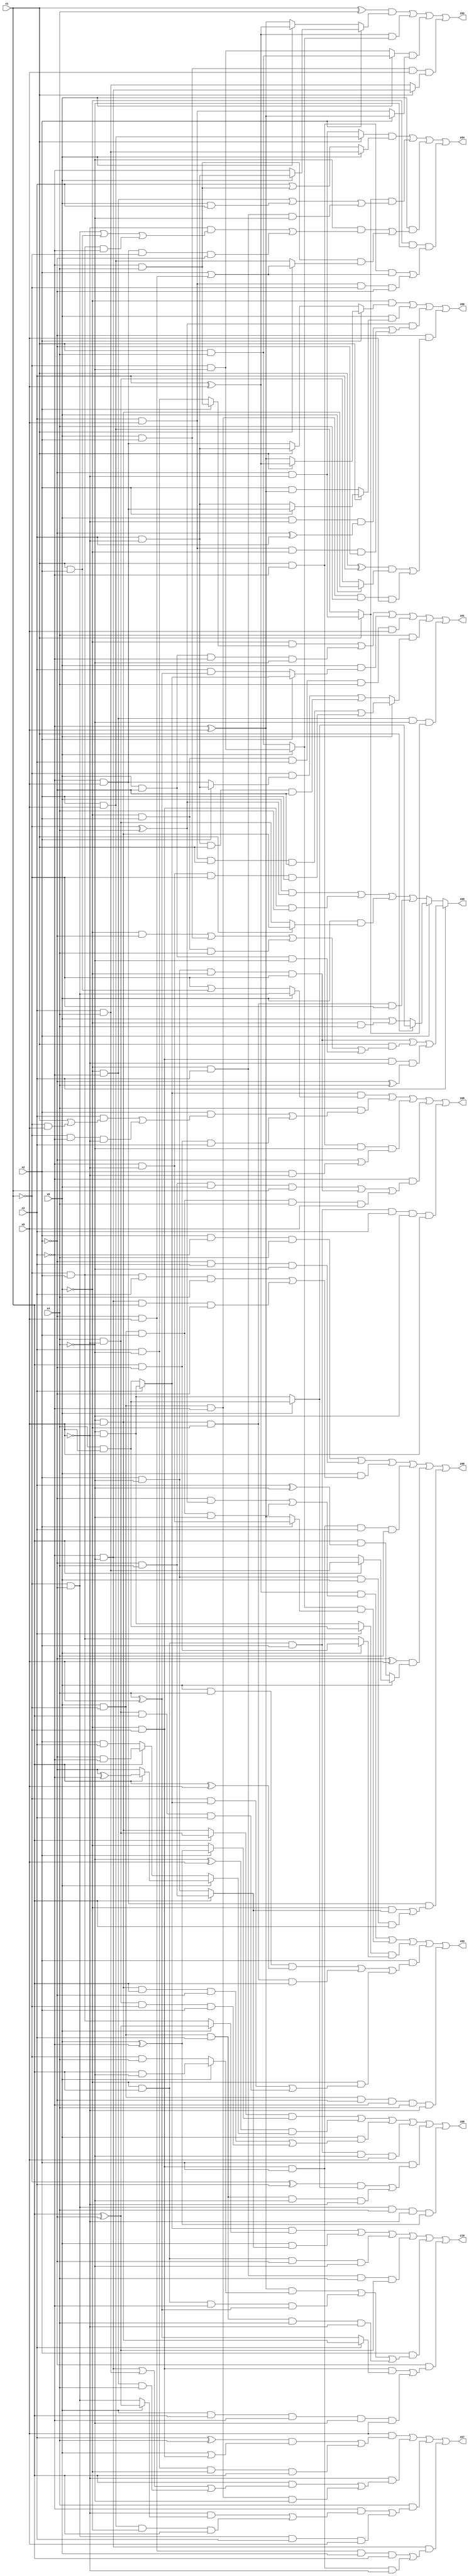
// Benchmark "X_46" written by ABC on Mon Jun 05 01:35:03 2023

module X_46 ( 
    x0, x1, x2, x3, x4, x5,
    z00, z01, z02, z03, z04, z05, z06, z07, z08, z09, z10  );
  input  x0, x1, x2, x3, x4, x5;
  output z00, z01, z02, z03, z04, z05, z06, z07, z08, z09, z10;
  assign z00 = (~x0 & (x2 ? (x1 ? (x3 ^ x5) : (~x3 ^ x5)) : (x1 ? (x3 & ~x5) : (~x3 & x5)))) | (x0 & (x1 ? (x2 ? (~x3 & x5) : (x3 & ~x5)) : (x2 & (~x3 ^ x5)))) | ((~x1 ^ x4) & ((x0 & ~x5 & (~x2 ^ x3)) | (x3 & x5 & ~x0 & ~x2))) | (~x2 & (((x1 ^ x3) & (x0 ? (~x4 & x5) : (x4 & ~x5))) | (x0 & ~x1 & ~x3 & x4 & x5)));
  assign z01 = (~x0 & (x2 ? (~x3 & x4) : (x3 & ~x4))) | (x0 & ~x2 & ~x3 & ~x4) | (x0 & (x2 ? (x3 ? (~x4 & ~x5) : (x4 & x5)) : (x3 & (x4 ^ x5)))) | (~x0 & x2 & x3 & x4 & x5) | (x4 & (x0 ? ((x3 & x5 & x1 & ~x2) | (~x3 & ~x5 & ~x1 & x2)) : ((~x1 & (x2 ? (x3 & ~x5) : (~x3 & x5))) | (x3 & ~x5 & x1 & ~x2)))) | (~x0 & ~x3 & ~x4 & (x1 ? (~x2 & ~x5) : (x2 & x5)));
  assign z02 = ((x1 ^ x4) & (x2 ? (x0 ? (x3 & ~x5) : ~x3) : (x0 ? (x3 ^ x5) : (~x3 ^ x5)))) | ((x3 ^ x5) & (x0 ? (~x1 & ~x4) : (x1 & x4))) | ((x0 ? (x1 & x4) : (~x1 & ~x4)) & (x2 ? (~x3 ^ x5) : (x3 & x5))) | (x0 & x2 & x5 & (x1 ? (~x3 & ~x4) : (x3 & x4)));
  assign z03 = ((x3 ^ x5) & ((~x2 & (~x1 ^ x4)) | (x0 & ~x1 & x2 & ~x4))) | ((x0 ? (~x1 & ~x4) : (x1 & x4)) & (x2 ? (~x3 & ~x5) : (~x3 ^ x5))) | ((x3 ? (x4 & x5) : (~x4 & ~x5)) & (x0 ? (x1 & ~x2) : (~x1 & x2))) | (x2 & ((x0 & x4 & (x1 ^ x5)) | (~x4 & x5 & ~x0 & x1) | (~x0 & ((~x1 & (x3 ? (~x4 & ~x5) : (x4 & x5))) | (x4 & ~x5 & x1 & x3))))) | (x0 & ~x1 & ~x2 & ~x3 & x4 & ~x5);
  assign z04 = ((x1 ? (x2 & x5) : (~x2 & ~x5)) & (x0 ? (x3 & x4) : (x3 | (~x3 & x4)))) | ((x1 ? (~x2 & ~x5) : (x2 & x5)) & ((~x0 & ~x3) | (x0 & x3) | (~x0 & x3 & ~x4))) | (x0 & ((~x4 & ((~x5 & ((~x1 & ~x2) | (x1 & x2) | (~x1 & x2 & ~x3))) | (~x3 & x5 & ~x1 & ~x2))) | (~x3 & x4 & (x1 ? (x2 | (~x2 & x5)) : (x2 & x5))))) | (~x0 & ~x4 & ((x1 & ~x3 & (x2 | (~x2 & x5))) | (x3 & x5 & ~x1 & ~x2)));
  assign z05 = ((x1 ? (x4 & ~x5) : (~x4 & x5)) & (x2 ? (x0 ^ ~x3) : ~x0)) | ((~x4 ^ x5) & (x0 ? (x1 ? (~x2 ^ ~x3) : ~x2) : (x1 ? (~x2 & ~x3) : (x2 & x3)))) | (x0 & ((~x4 & x5 & x1 & ~x2) | (x4 & ~x5 & ~x1 & x2))) | (~x0 & x1 & x2 & ~x4 & x5) | (x2 & (((~x1 ^ x3) & (x0 ? (x4 & x5) : (~x4 & ~x5))) | (x0 & ~x1 & x3 & ~x4 & ~x5))) | (~x1 & ~x2 & x4 & ~x5 & (x0 ^ ~x3));
  assign z06 = (x2 & ~x3 & x4) | (~x2 & x3 & ~x4) | (x0 & ((~x1 & x2 & x3 & x4) | (~x3 & ~x4 & x1 & ~x2))) | (~x0 & ~x1 & x2 & x3 & x4) | ((~x2 ^ x5) & (x0 ? (x1 ? (x3 & x4) : (~x3 & ~x4)) : (x1 & (x3 ^ ~x4)))) | (~x3 & x5 & ((~x0 & (x1 ? (~x2 & x4) : (x2 & ~x4))) | (x2 & ~x4 & x0 & x1)));
  assign z07 = (x5 & (((x3 ^ x4) & (x0 | (~x0 & ~x1))) | (x3 & ~x4 & ~x0 & x1))) | (~x5 & ((x1 & ((~x3 & ~x4) | (x3 & x4) | (~x0 & ~x3 & x4))) | (x0 & ~x1 & ~x3 & ~x4))) | (x4 & ((~x3 & ((~x5 & (x0 ? (x1 ^ ~x2) : (~x1 & ~x2))) | (x2 & x5 & ~x0 & x1))) | (~x1 & ~x2 & x3 & x5))) | (~x3 & ~x4 & ((~x2 & x5 & x0 & x1) | (~x0 & ~x1 & x2 & ~x5)));
  assign z08 = ((x3 ? (~x4 & ~x5) : (x4 & x5)) & (x0 ? (~x1 & ~x2) : (~x1 | (x1 & x2)))) | (x4 & ((x2 & ((x3 & (x1 | (~x1 & x5))) | (~x1 & ~x3 & ~x5))) | (x1 & ~x2 & x3))) | (x1 & ~x3 & ~x4 & (~x2 | (x2 & ~x5))) | (~x3 & ((~x2 & x4 & x0 & x1) | (x2 & ~x4 & ~x0 & ~x1) | (x0 & ~x1 & x2 & x4 & x5))) | (~x0 & x1 & x2 & x3 & ~x4 & x5);
  assign z09 = x3 ? ((x2 & ~x4 & ~x0 & ~x1) | (x1 & ((~x0 & ~x2) | (x0 & x2) | (~x0 & x2 & x4) | (x0 & ~x2 & ~x4))) | (~x0 & ~x1 & ~x5 & (~x2 ^ x4))) : (x2 ? (x1 ? (x0 ? (x4 & x5) : (~x4 & ~x5)) : (x0 | (~x0 & x4))) : ((x0 & (~x1 ^ x4)) | (~x0 & ~x1 & x4) | (x0 & (x1 ? (~x4 & x5) : (x4 & ~x5))) | (~x4 & x5 & ~x0 & ~x1)));
  assign z10 = ((x3 ? (~x4 & ~x5) : (x4 & x5)) & (x0 ? (x1 ^ ~x2) : (~x1 & x2))) | (x0 & (x1 ? (~x2 & x4) : (x2 & ~x4))) | (~x0 & x1 & ~x2 & ~x4) | (~x0 & x3 & x4 & (x1 ^ ~x2)) | (x2 & (((~x3 ^ x5) & (x0 ? (x1 & ~x4) : (~x1 & x4))) | (~x0 & x1 & ~x3 & (x4 ^ x5)) | (x0 & ~x1 & x3 & x4 & ~x5))) | (~x2 & ((~x0 & ~x1 & (x3 ? (~x4 & x5) : (x4 ^ x5))) | (x0 & x1 & ~x3 & ~x4 & x5)));
endmodule